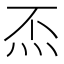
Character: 㶨